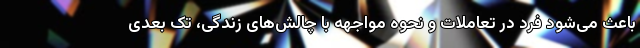
باعث می‌شود فرد در تعاملات و نحوه مواجهه با چالش‌های زندگی، تک بعدی